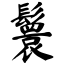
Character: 鬟